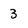
Character: 3